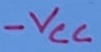
Text: -VCC